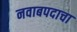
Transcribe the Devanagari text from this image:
नवाबपदाचा